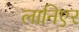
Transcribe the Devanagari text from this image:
लानिएर